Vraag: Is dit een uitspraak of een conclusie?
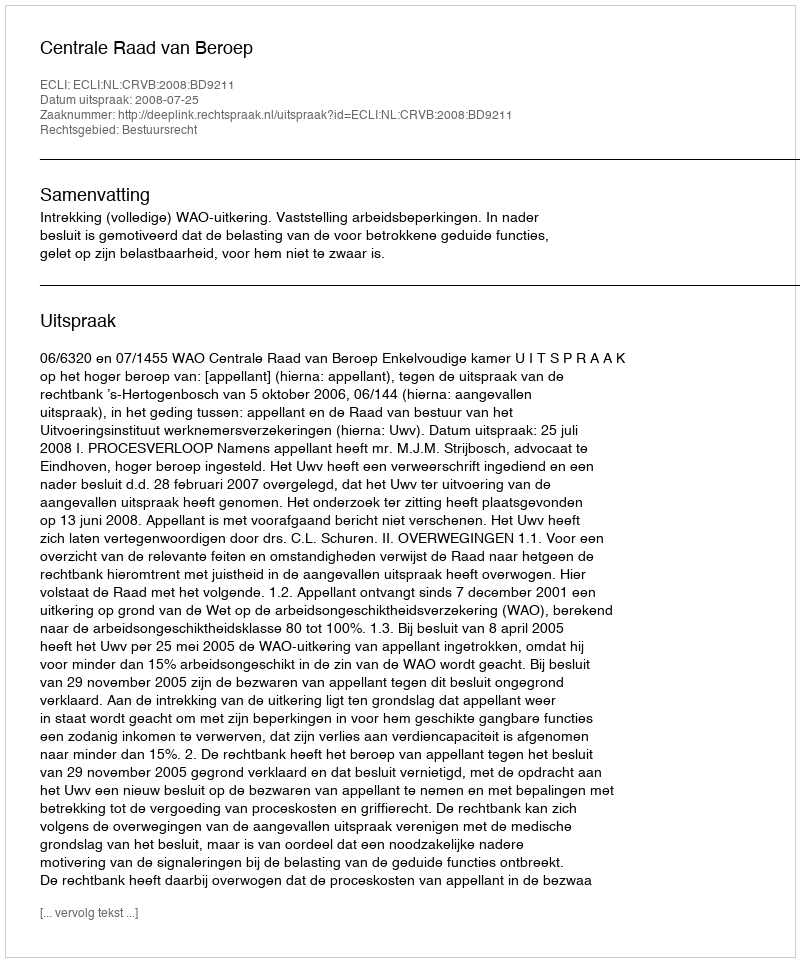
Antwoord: Uitspraak